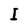
Character: I